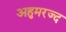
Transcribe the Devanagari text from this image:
अहुमरज्द